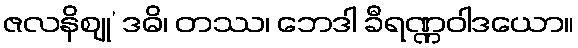
ဇလနိဈု’ ဒဓိ၊ တဿ၊ ဘေဒါ ခီရဏ္ဏဝါဒယော။